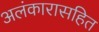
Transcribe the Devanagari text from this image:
अलंकारासहित